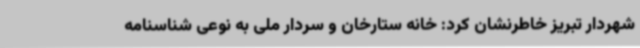
شهردار تبریز خاطرنشان کرد: خانه ستارخان و سردار ملی به نوعی شناسنامه